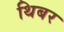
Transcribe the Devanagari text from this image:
थिबर